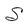
Character: S